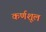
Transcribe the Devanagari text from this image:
कर्णशूल